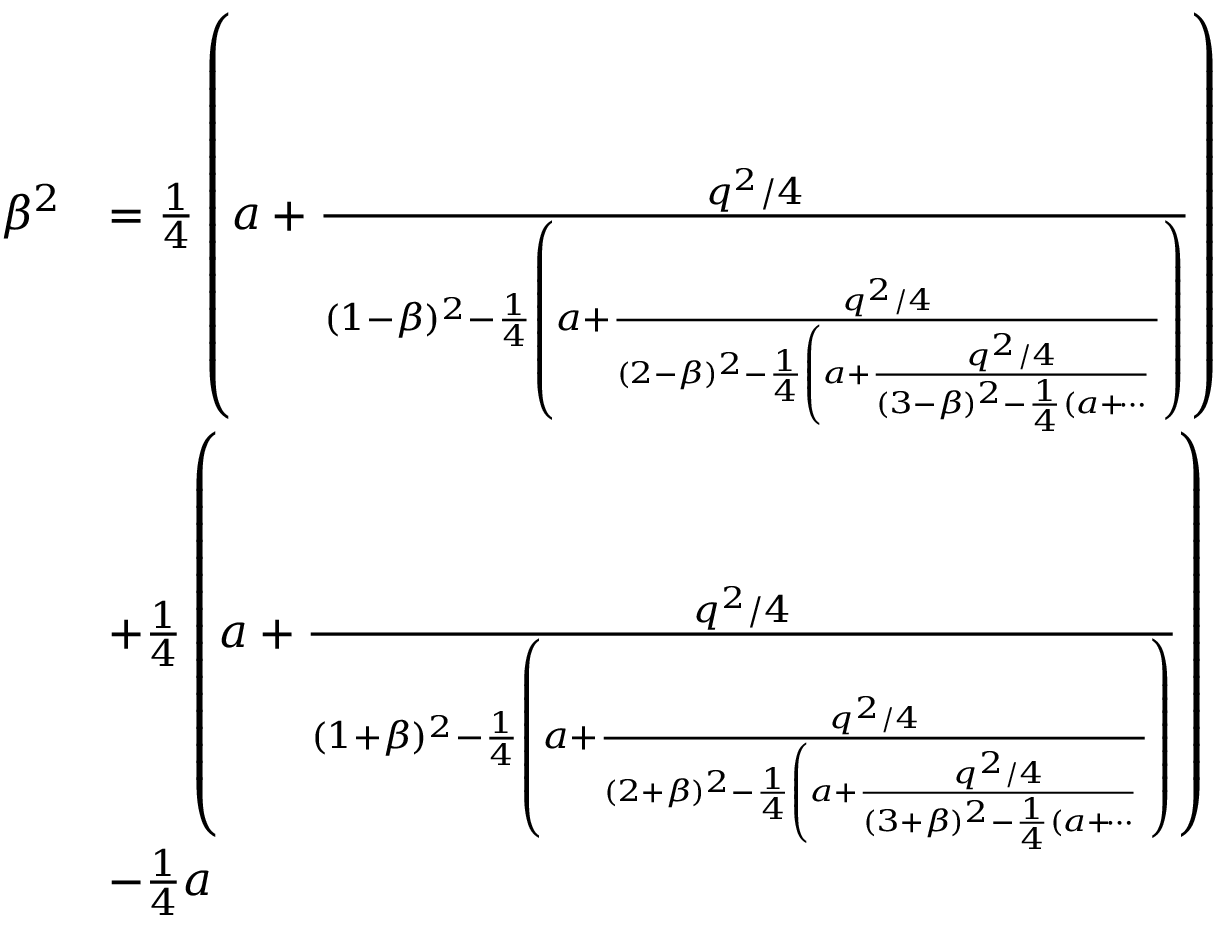
\begin{array} { r l } { \beta ^ { 2 } } & { = \frac { 1 } { 4 } \left( a + \frac { q ^ { 2 } / 4 } { ( 1 - \beta ) ^ { 2 } - \frac { 1 } { 4 } \left( a + \frac { q ^ { 2 } / 4 } { ( 2 - \beta ) ^ { 2 } - \frac { 1 } { 4 } \left( a + \frac { q ^ { 2 } / 4 } { ( 3 - \beta ) ^ { 2 } - \frac { 1 } { 4 } ( a + \dotsi } \right. } \right) } \right) } \\ & { + \frac { 1 } { 4 } \left( a + \frac { q ^ { 2 } / 4 } { ( 1 + \beta ) ^ { 2 } - \frac { 1 } { 4 } \left( a + \frac { q ^ { 2 } / 4 } { ( 2 + \beta ) ^ { 2 } - \frac { 1 } { 4 } \left( a + \frac { q ^ { 2 } / 4 } { ( 3 + \beta ) ^ { 2 } - \frac { 1 } { 4 } ( a + \dotsi } \right. } \right) } \right) } \\ & { - \frac { 1 } { 4 } a } \end{array}